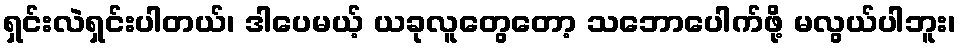
ရှင်းလဲရှင်းပါတယ်၊ ဒါပေမယ့် ယခုလူတွေတော့ သဘောပေါက်ဖို့ မလွယ်ပါဘူး၊